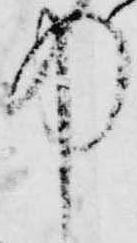
中